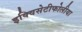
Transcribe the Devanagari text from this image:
इक्विसेटीफोलीया